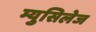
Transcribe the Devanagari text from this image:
म्युसिलेज